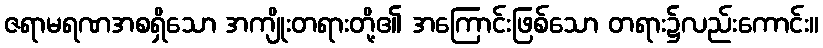
ဇရာမရဏအစရှိသော အကျိုးတရားတို့၏ အကြောင်းဖြစ်သော တရား၌လည်းကောင်း။